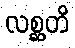
လစ္ဆတိ